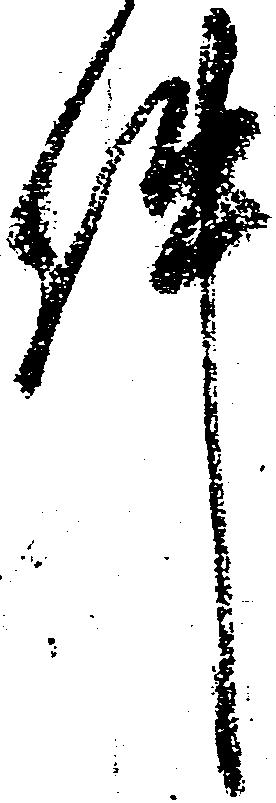
件